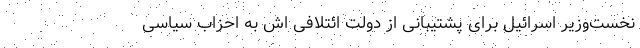
نخست‌وزیر اسرائیل برای پشتیبانی از دولت ائتلافی اش به احزاب سیاسی